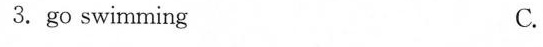
3.go swimming C.